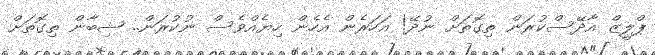
ޕްލީޒް އާދޭސްކުރަން ތިގޮތަށް ނުދޭ! އަހަރެން އެހެން ހިޔެއްވެސް ނުކުރަން.. ޝިބާން ތިގޮތަށް